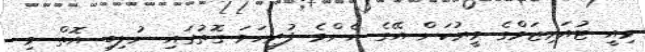
މިއީ ޓުއަރިޒަމްގެ މީރުކަން އޭގެ އެންމެ ފުރިހަމަ ގޮތުގައި ނުލިބި އޮތް މި